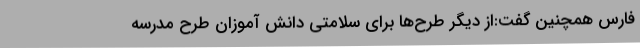
فارس همچنین گفت:از دیگر طرح‌ها برای سلامتی دانش آموزان طرح مدرسه